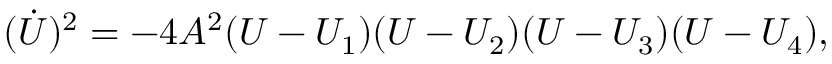
( \dot { U } ) ^ { 2 } = - 4 A ^ { 2 } ( U - U _ { 1 } ) ( U - U _ { 2 } ) ( U - U _ { 3 } ) ( U - U _ { 4 } ) ,